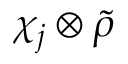
\chi _ { j } \otimes { \tilde { \rho } }